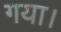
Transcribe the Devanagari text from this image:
गया।